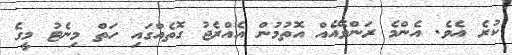
ކުރެ އެވެ. އެންމެ ރަންވޭއެއް އޮތުމުން އެއްރެޖު ގޮތެއްގައި ހަތް މިނެޓު މީގެ